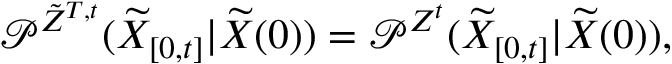
\mathcal { P } ^ { \tilde { Z } ^ { T , t } } ( \widetilde { X } _ { [ 0 , t ] } \vert \widetilde { X } ( 0 ) ) = \mathcal { P } ^ { Z ^ { t } } ( \widetilde { X } _ { [ 0 , t ] } \vert \widetilde { X } ( 0 ) ) ,